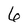
Character: 6